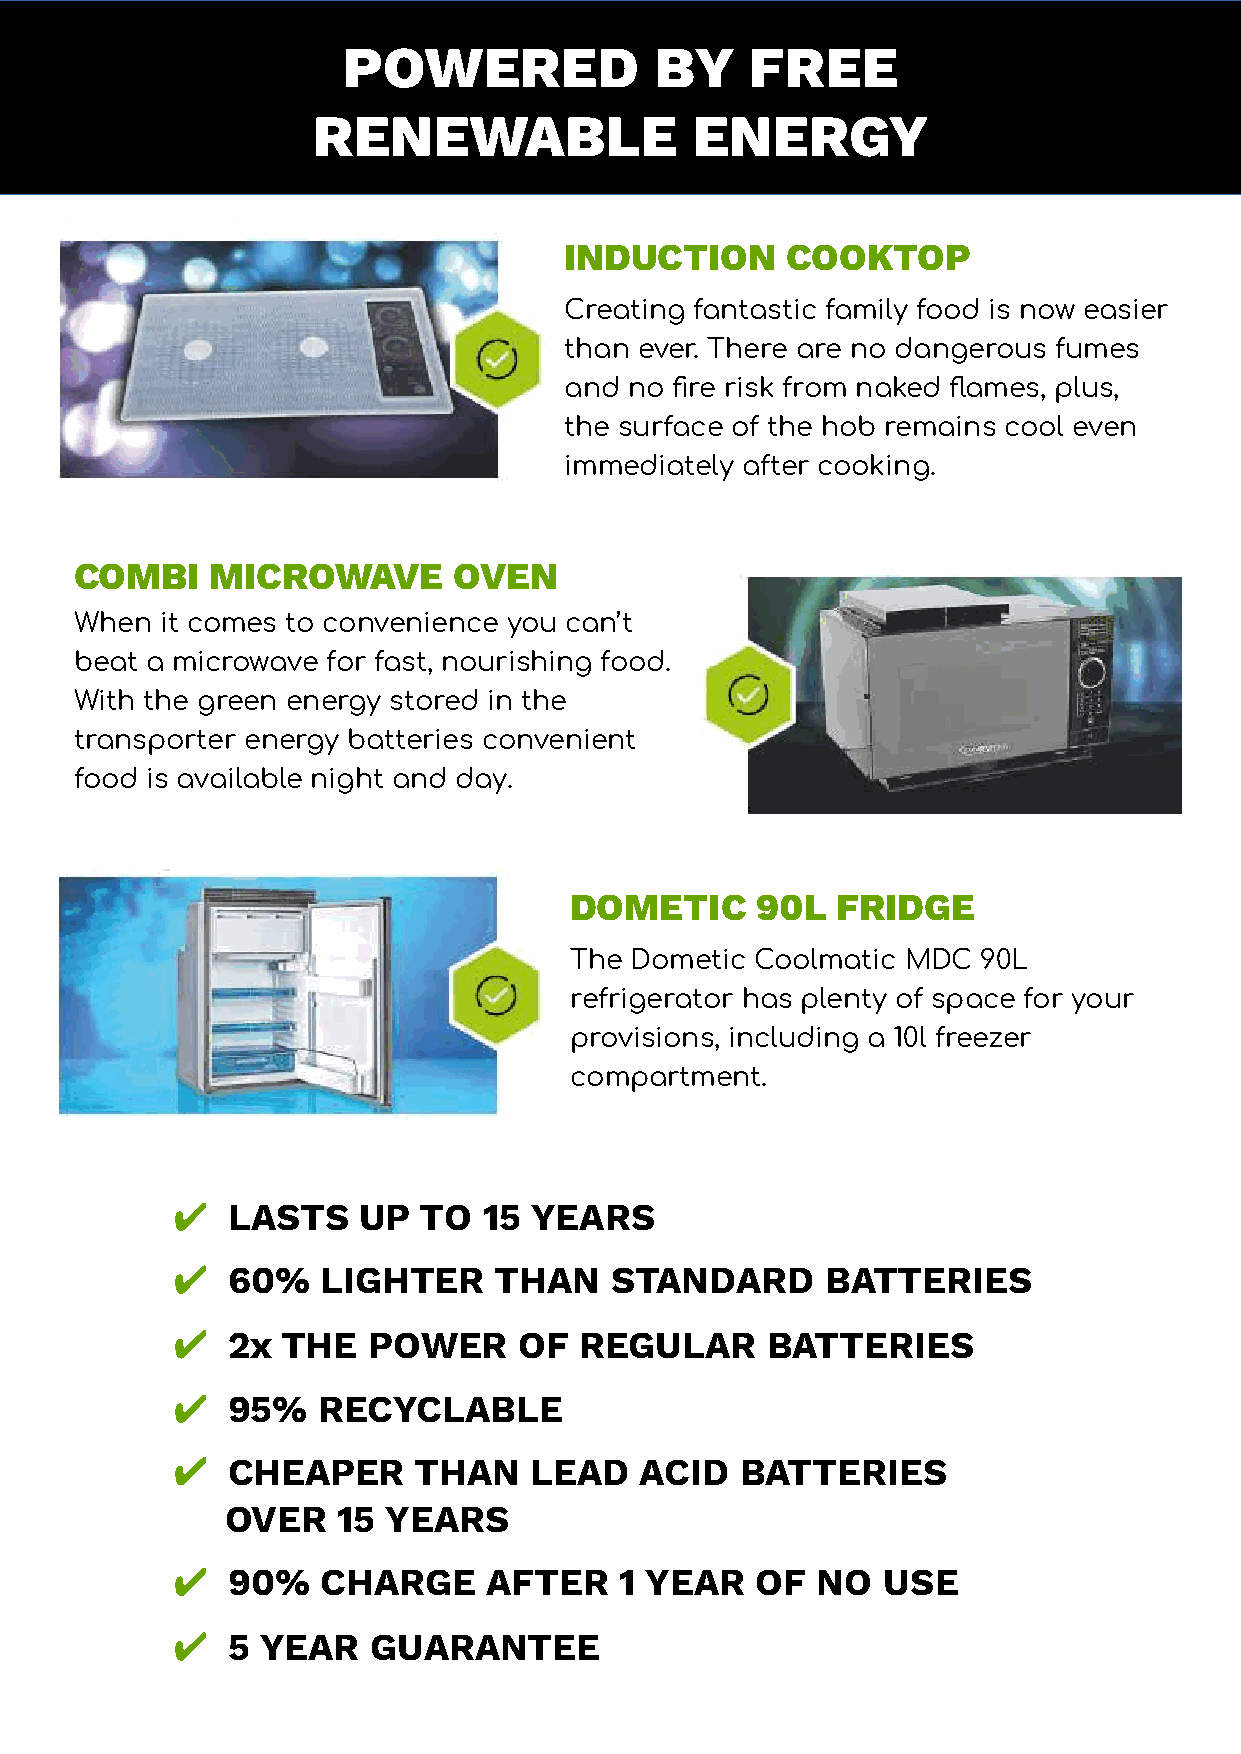
PPOOWWEERREEDD      BBYY   FFRREEEE
 RREENNEEWWAABBLLEE       EENNEERRGGYY
 INDUCTION      COOKTOP
 Creating fantastic family food is now easier
 than ever. There are no dangerous fumes
 and  no fire risk from naked flames, plus,
 the surface of the hob remains cool even
 immediately after cooking.
 COMBI    MICROWAVE       OVEN
 When  it comes to convenience you can’t
 beat a microwave for fast, nourishing food.
 With the green energy stored in the
 transporter energy batteries convenient
 food is available night and day.
 DOMETIC     90L  FRIDGE
 The Dometic Coolmatic MDC  90L
 refrigerator has plenty of space for your
 provisions, including a 10l freezer
 compartment.
 ✔  LASTS    UP  TO  15 YEARS
 ✔  60%   LIGHTER     THAN   STANDARD       BATTERIES
 ✔  2x  THE  POWER     OF  REGULAR      BATTERIES
 ✔  95%   RECYCLABLE
 ✔  CHEAPER     THAN    LEAD   ACID   BATTERIES
 OVER   15  YEARS
 ✔  90%   CHARGE     AFTER    1 YEAR   OF  NO  USE
 ✔  5 YEAR   GUARANTEE